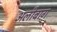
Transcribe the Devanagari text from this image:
अलीबाग़